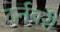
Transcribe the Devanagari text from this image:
टर्नबरी